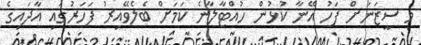
މި ސީޒަނަށް ފަހު އޭނާ ކުޅުން ހުއްޓާލާނެ ކަމަށް ބެލެވޭއިރު ފަހަރުގައި އާދައިގެ